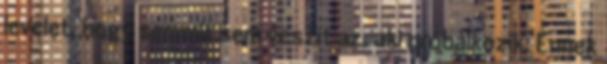
levelet, hogy semmit sem veszít az, aki próbálkozik. Ennek